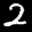
Label: 2